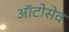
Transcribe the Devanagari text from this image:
ऑटोसेव